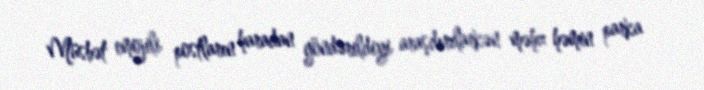
Müsbət emojili postların haradan göndərildiyi araşdırılarkən məhz həmin parka